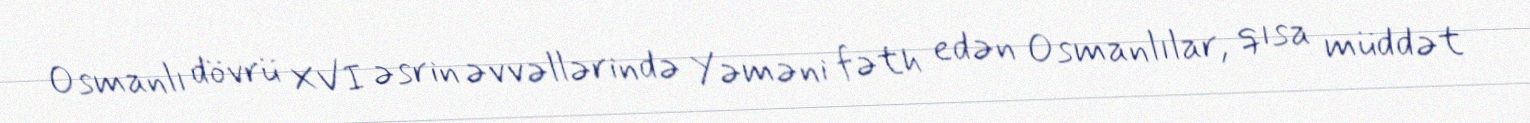
Osmanlı dövrü XVI əsrin əvvəllərində Yəməni fəth edən Osmanlılar, qısa müddət